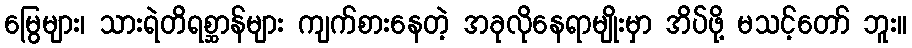
မြွေများ၊ သားရဲတိရစ္ဆာန်များ ကျက်စားနေတဲ့ အခုလိုနေရာမျိုးမှာ အိပ်ဖို့ မသင့်တော် ဘူး။